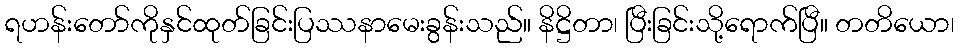
ရဟန်းတော်ကိုနှင်ထုတ်ခြင်းပြဿနာမေးခွန်းသည်။ နိဋ္ဌိတာ၊ ပြီးခြင်းသို့ရောက်ပြီ။ တတိယော၊